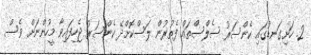
2. ހަށިގަނޑުގައި ކެންސަރު ސެލްސްތައް ފެތުރުން ލަސްކޮށްދޭ ކެންސަރު ޖެހިފައިވާ މީހުންނަށް ވެސް